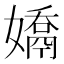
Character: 𭒤